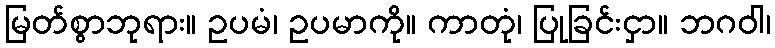
မြတ်စွာဘုရား။ ဥပမံ၊ ဥပမာကို။ ကာတုံ၊ ပြုခြင်းငှာ။ ဘဂဝါ၊